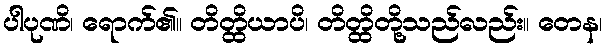
ပါပုဏိ၊ ရောက်၏။ တိတ္ထိယာပိ၊ တိတ္ထိတို့သည်လည်း။ တေန၊